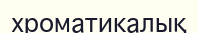
хроматикалық